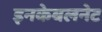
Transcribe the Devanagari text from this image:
इनकेबलनेट